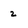
Character: 2